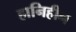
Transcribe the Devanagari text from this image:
हानिहीन